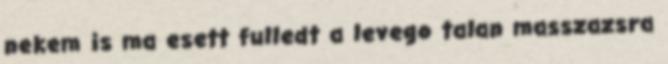
nekem is ma esett fulledt a levego talan masszazsra